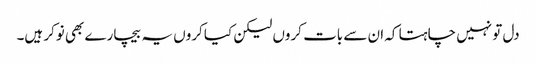
دل تو نہیں چاہتا کہ ان سے بات کروں لیکن کیا کروں یہ بیچارے بھی نوکر ہیں۔